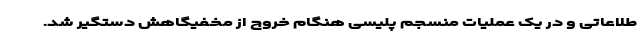
طلاعاتی و در یک عملیات منسجم پلیسی هنگام خروج از مخفیگاهش دستگیر شد.